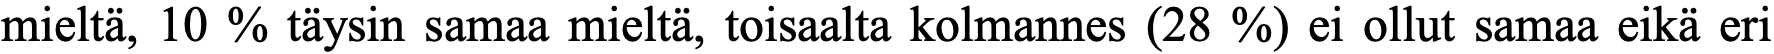
mieltä, 10 % täysin samaa mieltä, toisaalta kolmannes (28 %) ei ollut samaa eikä eri